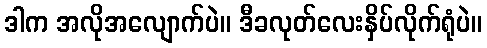
ဒါက အလိုအလျောက်ပဲ။ ဒီခလုတ်လေးနှိပ်လိုက်ရုံပဲ။